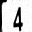
Digit: 4